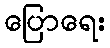
ပြောရေး